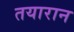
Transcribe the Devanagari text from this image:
तयारान